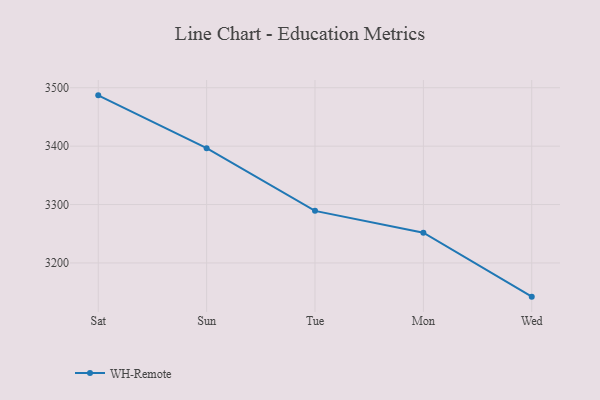
{"axis": {"x": "Day", "y": "Energy Usage (MWh)"}, "legend": ["WH-Remote"], "data": [{"x": "Sat", "y": 3487.0, "type": "WH-Remote"}, {"x": "Sun", "y": 3396.6, "type": "WH-Remote"}, {"x": "Tue", "y": 3289.2, "type": "WH-Remote"}, {"x": "Mon", "y": 3251.8, "type": "WH-Remote"}, {"x": "Wed", "y": 3142.3, "type": "WH-Remote"}]}